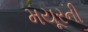
મયૂરની